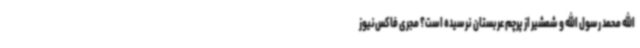
الله محمد رسول الله و شمشیر از پرچم عربستان نرسیده است؟ مجری فاکس‌نیوز